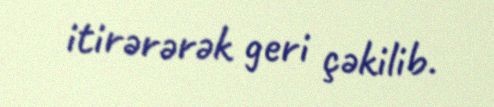
itirərərək geri çəkilib.